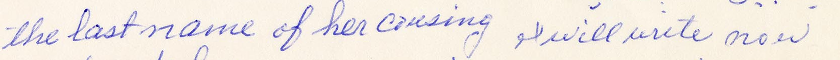
the last name of her cousing I will write now